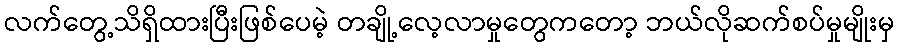
လက်တွေ့သိရှိထားပြီးဖြစ်ပေမဲ့ တချို့လေ့လာမှုတွေကတော့ ဘယ်လိုဆက်စပ်မှုမျိုးမှ